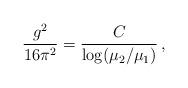
LaTeX: \begin{align*}\frac{g^2}{16\pi^2} = \frac{C}{\log(\mu_2/\mu_1)}\,,\end{align*}